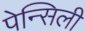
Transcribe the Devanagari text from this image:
पेन्सिली